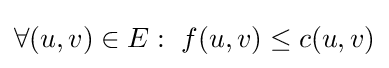
\forall (u,v)\in E:\ f(u,v)\leq c(u,v)